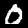
Digit: 0